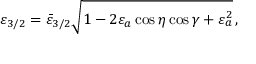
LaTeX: \varepsilon _ { 3 / 2 } = \bar { \varepsilon } _ { 3 / 2 } \sqrt { 1 - 2 \varepsilon _ { a } \cos \eta \cos \gamma + \varepsilon _ { a } ^ { 2 } } \, ,